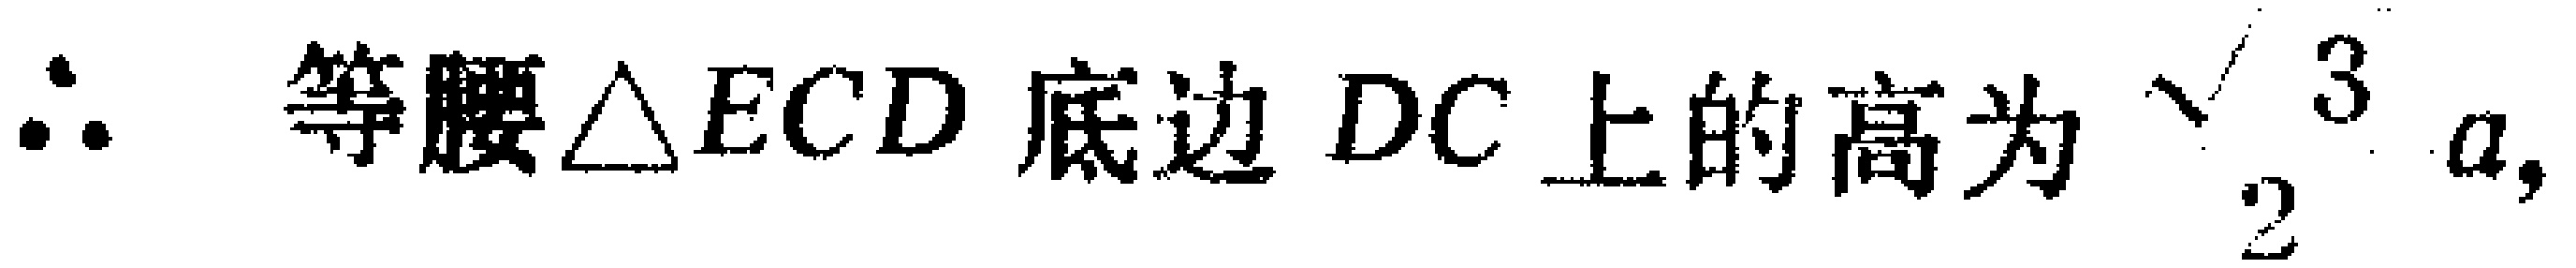
$\therefore$ 等腰$\triangle ECD$底边$DC$上的高为$\dfrac{\sqrt{3}}{2}a,$